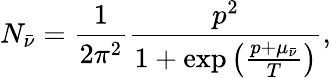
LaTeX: N_{\bar{\nu}}=\frac{1}{2\pi^{2}}\frac{p^{2}}{1+\exp{\left(\frac{p+\mu_{\bar{\nu}}}{T}\right)}},